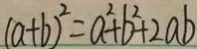
( a + b ) ^ { 2 } = a ^ { 2 } + b ^ { 2 } + 2 a b